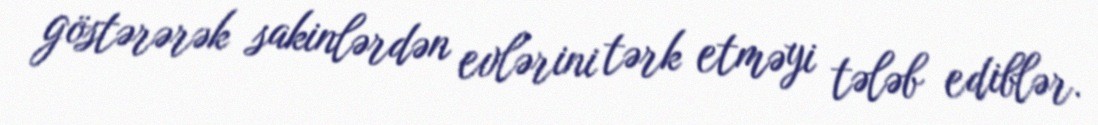
göstərərək sakinlərdən evlərini tərk etməyi tələb ediblər.